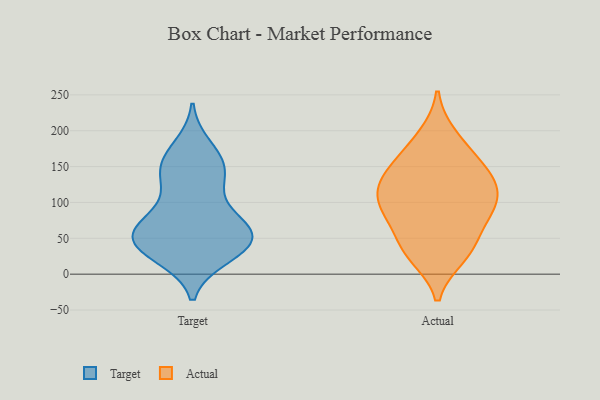
{"axis": {"x": "Revenue (USD Million)", "y": "Value"}, "legend": ["Actual", "Target"], "data": [{"x": "", "y": 155, "type": "Target"}, {"x": "", "y": 106, "type": "Target"}, {"x": "", "y": 39, "type": "Target"}, {"x": "", "y": 141, "type": "Target"}, {"x": "", "y": 24, "type": "Target"}, {"x": "", "y": 36, "type": "Target"}, {"x": "", "y": 62, "type": "Target"}, {"x": "", "y": 44, "type": "Target"}, {"x": "", "y": 59, "type": "Target"}, {"x": "", "y": 68, "type": "Target"}, {"x": "", "y": 178, "type": "Target"}, {"x": "", "y": 67, "type": "Target"}, {"x": "", "y": 26, "type": "Target"}, {"x": "", "y": 142, "type": "Target"}, {"x": "", "y": 164, "type": "Target"}, {"x": "", "y": 129, "type": "Target"}, {"x": "", "y": 41, "type": "Target"}, {"x": "", "y": 72, "type": "Target"}, {"x": "", "y": 59, "type": "Target"}, {"x": "", "y": 86, "type": "Actual"}, {"x": "", "y": 78, "type": "Actual"}, {"x": "", "y": 43, "type": "Actual"}, {"x": "", "y": 102, "type": "Actual"}, {"x": "", "y": 166, "type": "Actual"}, {"x": "", "y": 93, "type": "Actual"}, {"x": "", "y": 152, "type": "Actual"}, {"x": "", "y": 125, "type": "Actual"}, {"x": "", "y": 129, "type": "Actual"}, {"x": "", "y": 127, "type": "Actual"}, {"x": "", "y": 32, "type": "Actual"}, {"x": "", "y": 193, "type": "Actual"}, {"x": "", "y": 25, "type": "Actual"}]}